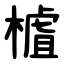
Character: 樝